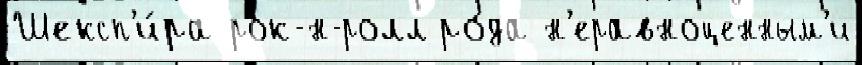
Шексп'и́ра рок-н-ролл ро́да н'еравноценным'и